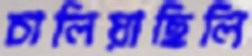
চালিয়াছিলি